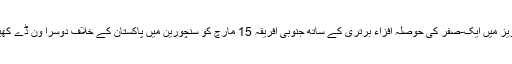
اب سیریز میں ایک-صفر کی حوصلہ افزاء برتری کے ساتھ جنوبی افریقہ 15 مارچ کو سنچورین میں پاکستان کے خلاف دوسرا ون ڈے کھیلے گا۔